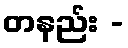
တနည်း -